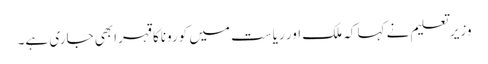
وزیر تعلیم نے کہا کہ ملک اور ریاست میں کوروناکا قہرابھی جاری ہے۔